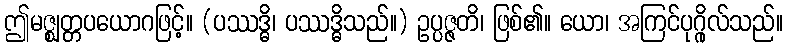
ဤမဇ္ဈတ္တပယောဂဖြင့်။ (ပဿဒ္ဓိ၊ ပဿဒ္ဓိသည်။) ဥပ္ပဇ္ဇတိ၊ ဖြစ်၏။ ယော၊ အကြင်ပုဂ္ဂိုလ်သည်။